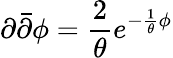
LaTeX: \partial{\bar{\partial}}\phi=\frac{2}{\theta}e^{-\frac{1}{\theta}\phi}